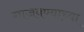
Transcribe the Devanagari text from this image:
गाजवण्याच्या